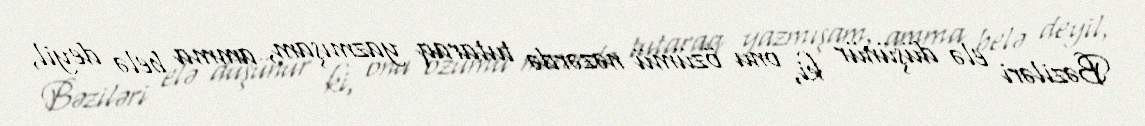
Bəziləri elə düşünür ki, onu özümü nəzərdə tutaraq yazmışam, amma belə deyil,